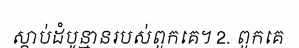
ស្តាប់ដំបូន្មានរបស់ពួកគេ។ 2. ពួកគេ